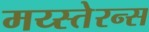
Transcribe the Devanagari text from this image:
मय्स्तेरन्स